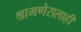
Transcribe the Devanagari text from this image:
श्रामणेरालाही